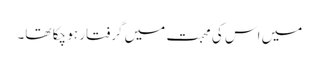
میں اس کی محبت میں گرفتار ہو چکا تھا۔